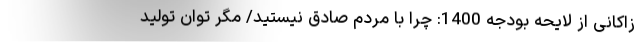
زاکانی از لایحه بودجه 1400: چرا با مردم صادق نیستید/ مگر توان تولید